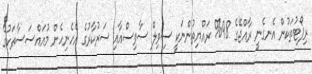
ރިޕޯޓުތަކުން އެނގެނީ ރާއްޖޭގެ 98% ރައްޔިތުންނަކީ ސިވިލް ސާވިސްއާއި ސަރުކާރުގެ އެހެނިހެން މުއައްސަސާތަކުގެ